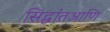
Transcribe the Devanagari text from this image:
सिद्धांतआणि